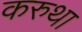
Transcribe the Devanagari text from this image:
करुथा